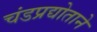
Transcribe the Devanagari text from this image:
चंडप्रद्योताने